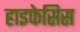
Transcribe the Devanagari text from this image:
हाइफेसिस